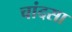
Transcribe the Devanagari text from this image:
चांदसा